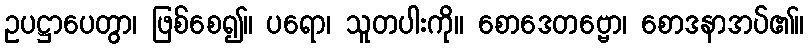
ဥပဋ္ဌာပေတွာ၊ ဖြစ်စေ၍။ ပရော၊ သူတပါးကို။ စောဒေတဗ္ဗော၊ စောဒနာအပ်၏။